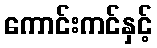
ကောင်းကင်နှင့်